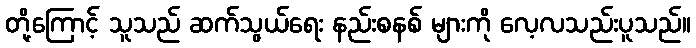
တို့ကြောင့် သူသည် ဆက်သွယ်ရေး နည်းစနစ် များကို လေ့လသည်းပူသည်။